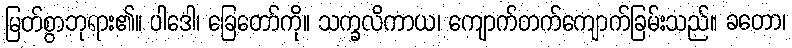
မြတ်စွာဘုရား၏။ ပါဒေါ၊ ခြေတော်ကို။ သက္ခလိကာယ၊ ကျောက်တက်ကျောက်ခြမ်းသည်။ ခတော၊